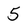
Character: 5